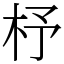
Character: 杼